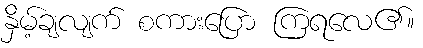
နှိမ့်ချလျက် စကားပြော ကြရလေ၏။